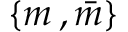
\{ m \, , { \bar { m } } \}